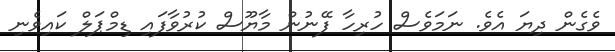
ވެގެން ދިޔަ އެވެ. ނަމަވެސް ހުރިހާ ފޭނުން މާޔޫސް ކުރުވާފައި ޑިމްޕަލް ކައިވެނި